Civil Veterinary Department Bihar reports 1936-40 - 1936-1940
Year: 1936
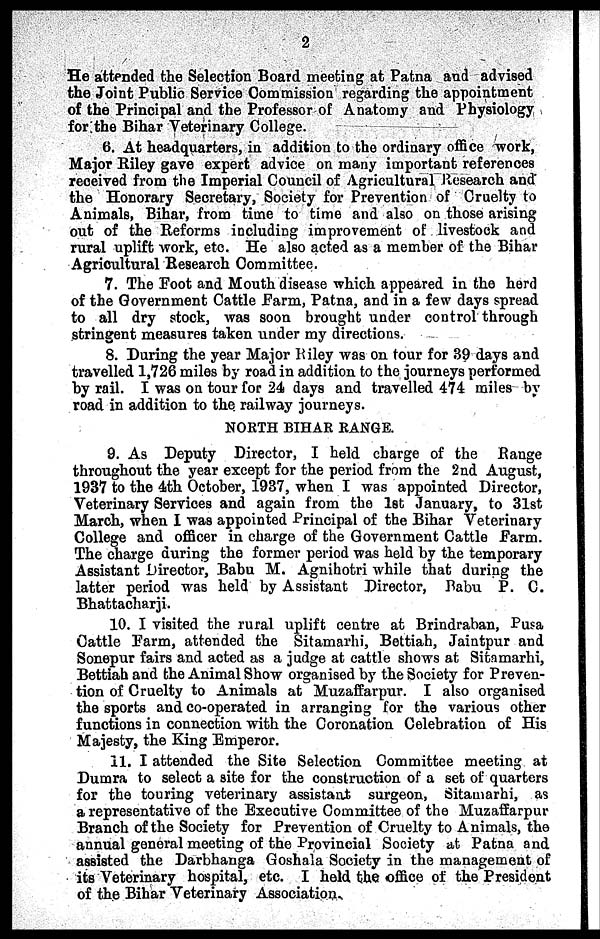
2
He attended the Selection Board meeting at Patna and advised
the Joint Public Service Commission regarding the appointment
of the Principal and the Professor of Anatomy and Physiology
for the Bihar Veterinary College.
6. At headquarters, in addition to the ordinary office work,
Major Riley gave expert advice on many important references
received from the Imperial Council of Agricultural Research and"
the Honorary Secretary, Society for Prevention of Cruelty to
Animals, Bihar, from time to time and also on those arising
out of the Reforms including improvement of livestock and
rural uplift work, etc. He also acted as a member of the Bihar
Agricultural Research Committee.
7. The Foot and Mouth disease which appeared in the herd
of the Government Cattle farm, Patna, and in a few days spread
to all dry stock, was soon brought under control through
stringent measures taken under my directions.
8. During the year Major Riley was on tour for 39 days and
travelled 1,726 miles by road in addition to the journeys performed
by rail. I was on tour for 24 days and travelled 474 miles by
road in addition to the railway journeys.
NORTH BIHAR RANGE.
9. As Deputy Director, I held charge of the Range
throughout the year except for the period from the 2nd August,
1937 to the 4th October, 1937, when I was appointed Director,
Veterinary Services and again from the 1st January, to 31st
March, when I was appointed Principal of the Bihar Veterinary
College and officer in charge of the Government Cattle Farm.
The charge during the former period was held by the temporary
Assistant Director, Babu M. Agnihotri while that during the
latter period was held by Assistant Director, Pabu P. C.
Bhattacharji.
10. I visited the rural uplift centre at Brindraban, Pusa
Cattle Farm, attended the Sitamarhi, Bettiah, Jaintpur and
Sonepur fairs and acted as a judge at cattle shows at Sitamarhi,
Bettiah and the Animal Show organised by the Society for Preven-
tion of Cruelty to Animals at Muzaffarpur. I also organised
the sports and co-operated in arranging for the various other
functions in connection with the Coronation Celebration of His
Majesty, the King Emperor.
11. I attended the Site Selection Committee meeting at
Dumra to select a site for the construction of a set of quarters
for the touring veterinary assistant surgeon, Sitamarhi, as
a representative of the Executive Committee of the Muzaffarpur
Branch of the Society for Prevention of Cruelty to Animals, the
annual general meeting of the Provincial Society at Patna and
assisted the Darbhanga Goshala Society in the management of
its Veterinary hospital, etc. I held the office of the President
of the Bihar Veterinary Association.